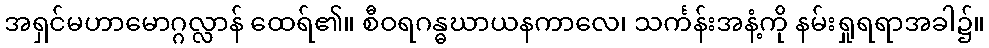
အရှင်မဟာမောဂ္ဂလ္လာန် ထေရ်၏။ စီဝရဂန္ဓဃာယနကာလေ၊ သင်္ကန်းအနံ့ကို နမ်းရှုရရာအခါ၌။